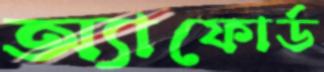
অ্যাফোর্ড